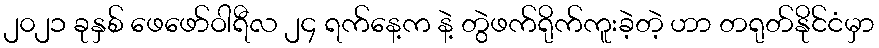
၂၀၂၁ ခုနှစ် ဖေဖော်ဝါရီလ ၂၄ ရက်နေ့က နဲ့ တွဲဖက်ရိုက်ကူးခဲ့တဲ့ ဟာ တရုတ်နိုင်ငံမှာ